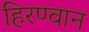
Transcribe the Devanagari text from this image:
हिरण्वान